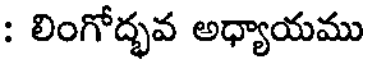
: లింగోద్భవ అధ్యాయము